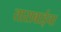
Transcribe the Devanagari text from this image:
ताराबाईचा